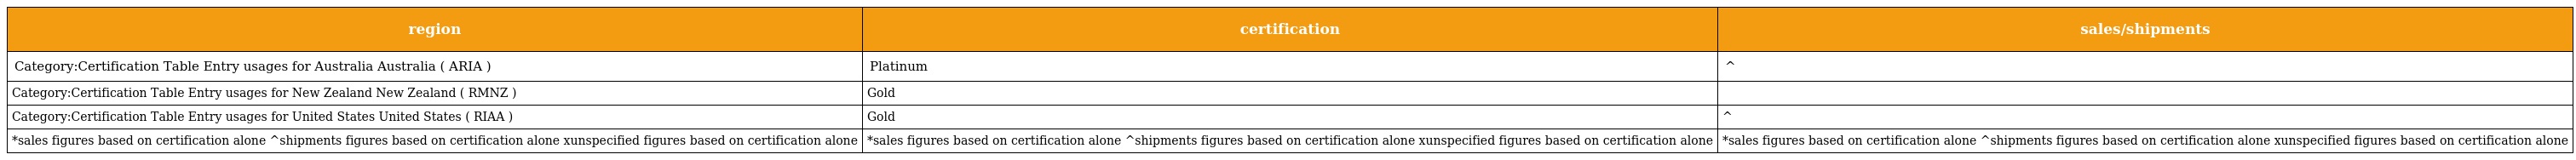
| region | certification | sales/shipments |
 | --- | --- | --- |
 | Category:Certification Table Entry usages for Australia Australia ( ARIA ) | Platinum | ^ |
 | Category:Certification Table Entry usages for New Zealand New Zealand ( RMNZ ) | Gold |  |
 | Category:Certification Table Entry usages for United States United States ( RIAA ) | Gold | ^ |
 | *sales figures based on certification alone ^shipments figures based on certification alone xunspecified figures based on certification alone | *sales figures based on certification alone ^shipments figures based on certification alone xunspecified figures based on certification alone | *sales figures based on certification alone ^shipments figures based on certification alone xunspecified figures based on certification alone |